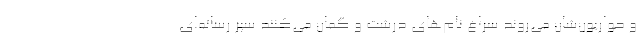
و حواریون‌شان می‌روند سراغ نام‌های درشت و گمان می‌کنند سپر رسانه‌ای